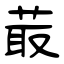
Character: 菆